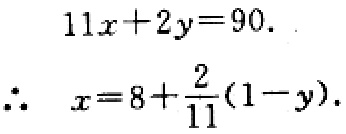
\[
\begin{align*}
11x + 2y&=90.\\
\therefore\ x&=8+\frac{2}{11}(1 - y).
\end{align*}
\]